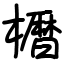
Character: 𫞒